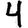
Digit: 4